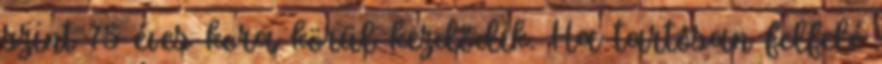
szint 75 éves kora körül kezdődik. Ha tartósan felfelé